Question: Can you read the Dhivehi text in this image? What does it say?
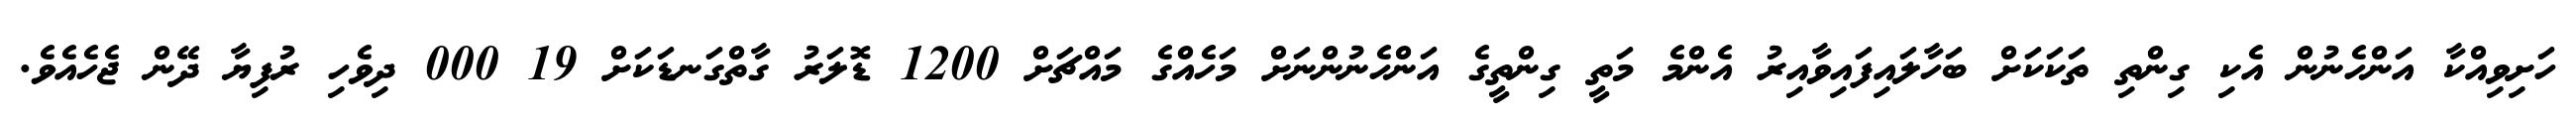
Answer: ހަށިވިއްކާ އަންހެނުން އެކި ގިންތި ތަކަކަށް ބަހާލައިފައިވާއިރު އެންމެ މަތީ ގިންތީގެ އަންހެނުންނަށް މަހެއްގެ މައްޗަށް 1200 ޑޮލަރު ގާތްގަނޑަކަށް 19 000 ދިވެހި ރުފިޔާ ދޭން ޖެހެއެވެ.